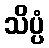
သိပ္ပံ